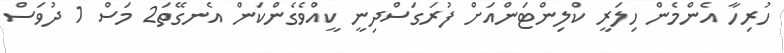
ހުރިހާ އެންމެން ހިލަރީ ކްލިންޓަންއަށް ފުރަގަސްދިނީ ކީއްވެގެންކަން އެނގޭތަ2 މަސް 1 ދުވަސް